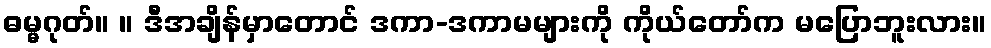
ဓမ္မဂုတ်။ ။ ဒီအချိန်မှာတောင် ဒကာ-ဒကာမများကို ကိုယ်တော်က မပြောဘူးလား။